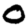
Digit: 0